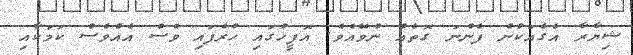
ޝިޔާރާ އެގެއަކުން ފެންނަ ގޮތެއް ނުވޭއެވެ. އޮފީހުގައި ހުރެފައި ވެސް އެއްވެސް ކަމަކާއި